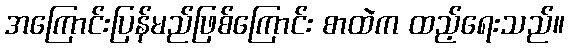
အကြောင်းပြန်မည်ဖြစ်ကြောင်း စာထဲက ထည့်ရေးသည်။